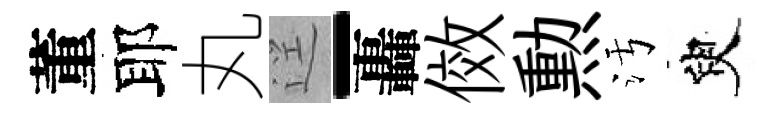
董耶丸逕-轟傚勲污臾